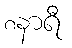
၈နာရီ